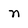
Character: n